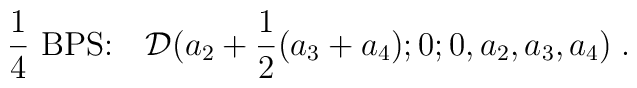
{1\over 4}  \mbox{ BPS:} \quad {\cal D}(a_2 + {1\over 2}(a_3+a_4);0;0,a_2,a_3,a_4)\;.